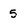
Character: 5